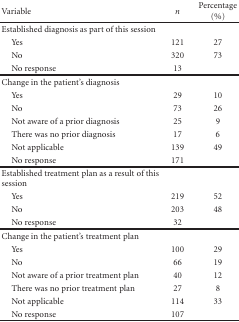
<table><thead><tr><td><b>Variable</b></td><td><b><i>n</i></b></td><td><b>Percentage (%)</b></td></tr></thead><tbody><tr><td>Established diagnosis as part of this session</td><td></td><td></td></tr><tr><td> Yes</td><td>121</td><td>27</td></tr><tr><td> No</td><td>320</td><td>73</td></tr><tr><td> No response</td><td> 13</td><td></td></tr><tr><td>Change in the patient&#x27;s diagnosis</td><td></td><td></td></tr><tr><td> Yes</td><td> 29</td><td> 10</td></tr><tr><td> No</td><td> 73</td><td> 26</td></tr><tr><td> Not aware of a prior diagnosis</td><td> 25</td><td> 9</td></tr><tr><td> There was no prior diagnosis</td><td> 17</td><td>6</td></tr><tr><td> Not applicable</td><td> 139</td><td> 49</td></tr><tr><td> No response</td><td> 171</td><td></td></tr><tr><td>Established treatment plan as a result of this session</td><td></td><td></td></tr><tr><td> Yes</td><td> 219</td><td> 52</td></tr><tr><td> No</td><td> 203</td><td> 48</td></tr><tr><td> No response</td><td> 32</td><td></td></tr><tr><td>Change in the patient&#x27;s treatment plan</td><td></td><td></td></tr><tr><td> Yes</td><td> 100</td><td> 29</td></tr><tr><td> No</td><td> 66</td><td> 19</td></tr><tr><td> Not aware of a prior treatment plan</td><td>40</td><td> 12</td></tr><tr><td> There was no prior treatment plan</td><td> 27</td><td> 8</td></tr><tr><td> Not applicable</td><td> 114</td><td> 33</td></tr><tr><td> No response</td><td> 107</td><td></td></tr></tbody></table>